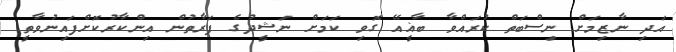
އަދި ނާޒިމަށް ނިސްބަތް ކުރައްވާ ބާޣީއޭ ގޮވި ކަމަށް ނަޝީދުގެ ފަރާތުން އިންކާރުކޮށްފައިނުވާތީ